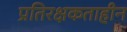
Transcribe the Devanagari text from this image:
प्रतिरक्षकताहीन